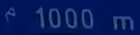
^{\mathrm{f}}100